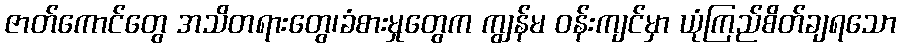
ဇာတ်ကောင်တွေ အသိတရားတွေ၊ခံစားမှုတွေက ကျွန်မ ဝန်းကျင်မှာ ယုံကြည်စိတ်ချရသော